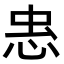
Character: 𭜫